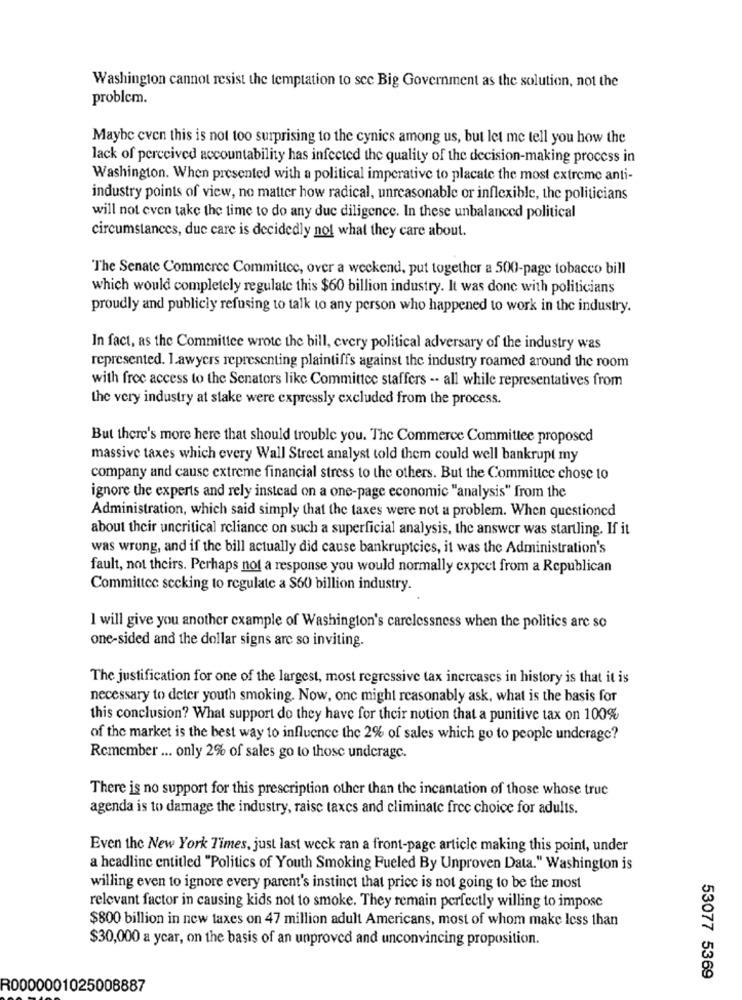
Washington cannot resist the temptation to see Big Government as the solution, not the
problem.
Maybe even this is not too surprising to the cynics among us, but let me tell you how the
lack of perceived accountability has infected the quality of the decision-making process in
Washington. When presented with a political imperative to placate the most extreme anti-
industry points of view, no matter how radical, unreasonable or inflexible, the politicians
will not even take the time to do any due diligence. In these unbalanced political
circumstances, due care is decidedly not what they care about.
The Senate Commerec Committee, over a weekend, put together a 500-page tobacco bill
which would completely regulate this $60 billion industry. It was done with politicians
proudly and publicly refusing to talk to any person who happened to work in the industry.
In fact, as the Committee wrote the bill, every political adversary of the industry was
represented. I.awyers representing plaintiffs against the industry roamed around the room
with free access to the Senators like Committee staffers -. all while representatives from
the very industry at stake were expressly excluded from the process.
But there's more here that should trouble you. The Commerce Committee proposed
massive taxes which every Wall Street analyst told them could well bankrupt my
company and cause extreme financial stress to the others. But the Committee chose to
ignore the experts and rely instead on a one-page economic "analysis" from the
Administration, which said simply that the taxes were not a problem. When questioned
about their uncritical reliance on such a superficial analysis, the answer was startling. If it
was wrong, and if the bill actually did cause bankruptcies, it was the Administration's
fault, not theirs. Perhaps not a response you would normally expect from a Republican
Committee sccking to regulate a $60 billion industry.
I will give you another example of Washington's carelessness when the politics are so
one-sided and the dollar signs arc so inviting.
The justification for one of the largest, most regressive tax increases in history is that it is
necessary to deter youth smoking. Now, one might reasonably ask, what is the basis for
this conclusion? What support do they have for their notion that a punitive tax on 100%
of the market is the best way to influence the 2% of sales which go to people underage?
Remember ... only 2% of sales go to those underage.
There is no support for this prescription other than the incantation of those whose truc
agenda is to damage the industry, raise taxes and climinate free choice for adults.
Even the New York Times, just last week ran a front-page article making this point, under
a headline entitled "Politics of Youth Smoking Fueled By Unproven Data." Washington is
willing even to ignore every parent's instinct that price is not going to be the most
relevant factor in causing kids not to smoke. They remain perfectly willing to impose
$800 billion in new taxes on 47 million adult Americans, most of whom make less than
$30,000 a ycar, on the basis of an unproved and unconvincing proposition.
53077 5369
R0000001025008887